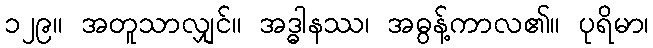
၁၂၉။ အတူသာလျှင်။ အဒ္ဓါနဿ၊ အဓွန့်ကာလ၏။ ပုရိမာ၊